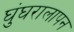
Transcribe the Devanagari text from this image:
घुंघरालापन